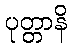
ပုတ္တာနိ